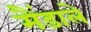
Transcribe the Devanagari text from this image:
मैंडाले